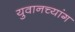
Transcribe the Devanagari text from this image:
युवानच्यांग